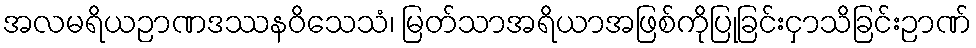
အလမရိယဉာဏဒဿနဝိသေသံ၊ မြတ်သာအရိယာအဖြစ်ကိုပြုခြင်းငှာသိခြင်းဉာဏ်